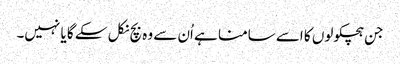
جن ہچکولوں کا اسے سامنا ہے اُن سے وہ بچ نکل سکے گا یا نہیں۔